Vaccination Hyderabad 1890-1903 - 1890-1903
Year: 1890
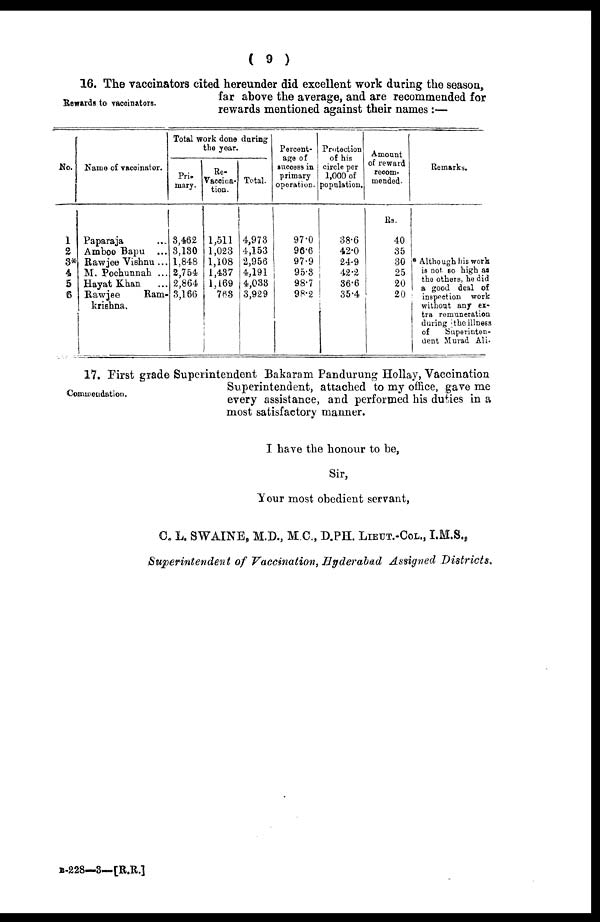
( 9 )
Rewards to vaccinators.
16. The vaccinators cited hereunder did excellent work during the season,
far above the average, and are recommended for
rewards mentioned against their names:—
No.
1
2
3*
4
5
6
Name of vaccinator.
Paparaja ...
Amboo Bapu ...
Rawjee Vishnu ...
M. Pochunnah ...
Hayat Khan ...
Rawjee
Ram¬
krishna.
Total work done during
the year.
Pri-
mary.
3,462
3,130
1,848
2,754
2,864
3,166
Re-
Vaccina-
tion.
1,511
1,023
1,108
1,437
1,169
763
Total.
4,978
4,153
2,956
4,191
4,033
3,929
Percent-
age of
success in
primary
operation.
97.0
96.6
97.9
95.3
98.7
98.2
Protection
of his
circle per
1,000 of
population.
38.6
42.0
24.9
42.2
36.6
35.4
Amount
of reward
recom¬
mended.
Rs.
40
35
30
25
20
20
Remarks.
* Although his work
is not so high as
the others, he did
a good deal of
inspection work
without any ex-
tra remuneration
during the illness
of
Superinten-
dent Murad Ali.
Commendation.
17. First grade Superintendent Bakaram Pandurung Hollay, Vaccination
Superintendent, attached to my office, gave me
every assistance, and performed his duties in a
most satisfactory manner.
I have the honour to be,
Sir,
Your most obedient servant,
C. L. SWAINE, M.D., M.C., D.PH. LIEUT.-COL., I.M.S.,
Superintendent of Vaccination, Hyderabad Assigned Districts.
B-228—3— [R.R.]